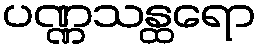
ပဏ္ဏသန္ထရော